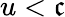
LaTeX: u<\mathfrak{c}